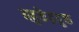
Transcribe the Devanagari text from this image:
बहुकेंद्रयुक्त